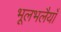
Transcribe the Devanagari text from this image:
भूलभलैयाँ